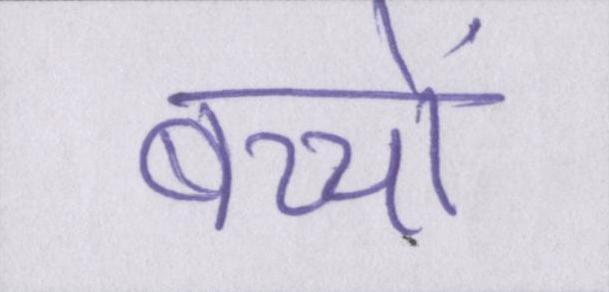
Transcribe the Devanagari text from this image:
बच्चों